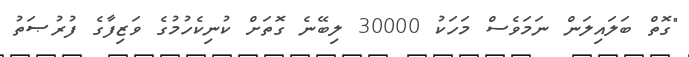
"ގޮތް ބަލައިލަން ނަމަވެސް މަހަކު 30000 ލިބޭނެ ގޮތަށް ކުނިކެހުމުގެ ވަޒިފާގެ ފުރުޞަތު